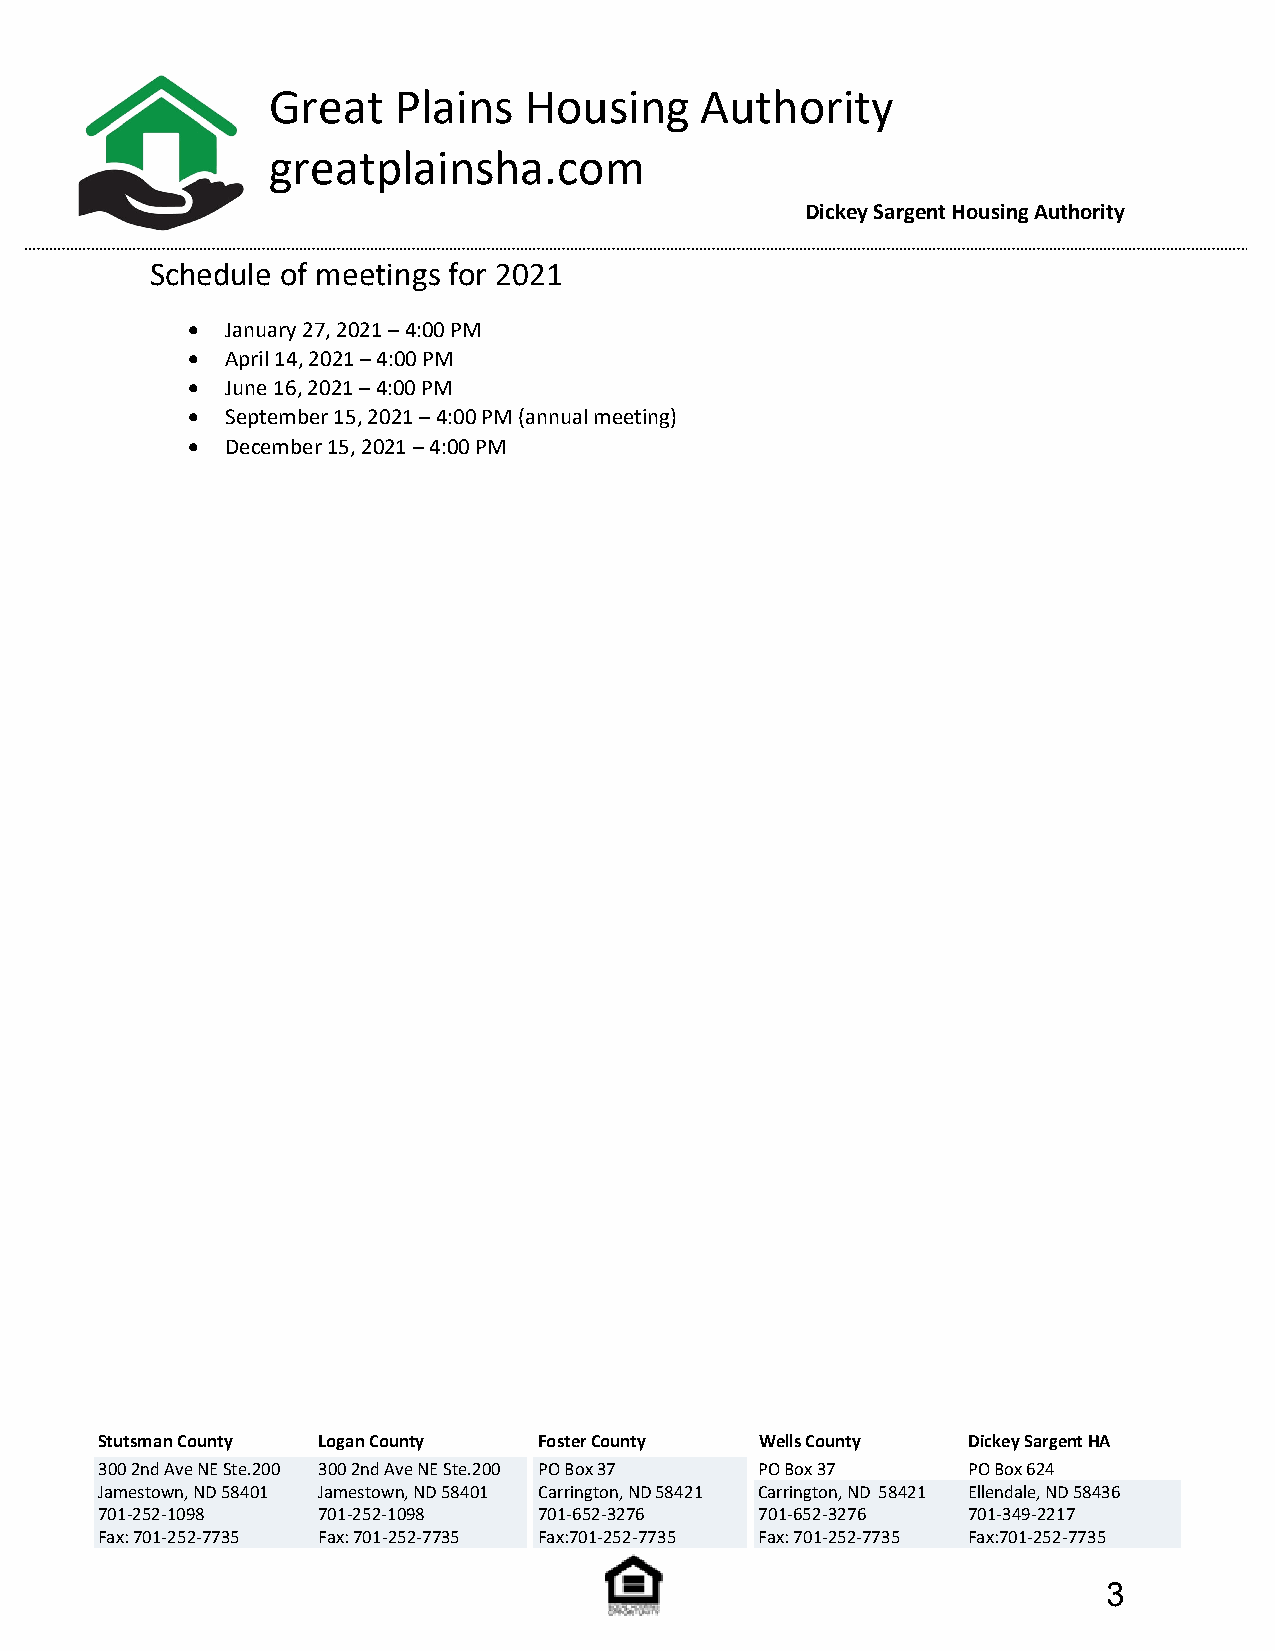
Great   Plains   Housing    Authority
 greatplainsha.com
 Dickey Sargent Housing Authority
 Schedule of meetings for 2021
 •  January 27, 2021 – 4:00 PM
 •  April 14, 2021 – 4:00 PM
 •  June 16, 2021 – 4:00 PM
 •  September 15, 2021 – 4:00 PM (annual meeting)
 •  December 15, 2021 – 4:00 PM
 Stutsman County Logan County  Foster County Wells County  Dickey Sargent HA
 300 2nd Ave NE Ste.200 300 2nd Ave NE Ste.200 PO Box 37 PO Box 37 PO Box 624
 Jamestown, ND 58401 Jamestown, ND 58401 Carrington, ND 58421 Carrington, ND 58421 Ellendale, ND 58436
 701-252-1098   701-252-1098   701-652-3276  701-652-3276  701-349-2217
 Fax: 701-252-7735 Fax: 701-252-7735 Fax:701-252-7735 Fax: 701-252-7735 Fax:701-252-7735
 3